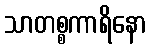
သာတစ္စကာရိနော